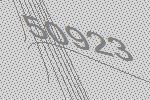
50923